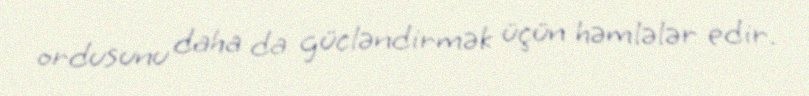
ordusunu daha da gücləndirmək üçün həmlələr edir.